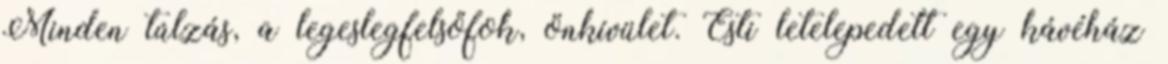
Minden túlzás, a legeslegfelsőfok, önkívület. Esti letelepedett egy kávéház